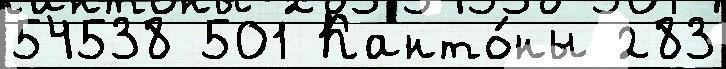
54538 501 Канто́ны 283